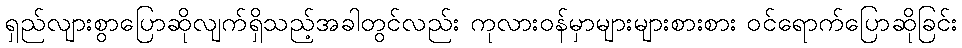
ရှည်လျားစွာပြောဆိုလျက်ရှိသည့်အခါတွင်လည်း ကုလားဝန်မှာများများစားစား ဝင်ရောက်ပြောဆိုခြင်း